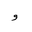
Letter: _waw